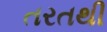
તરતથી